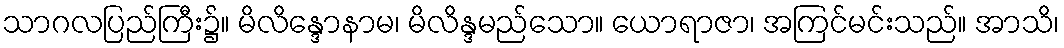
သာဂလပြည်ကြီး၌။ မိလိန္ဒောနာမ၊ မိလိန္ဒမည်သော။ ယောရာဇာ၊ အကြင်မင်းသည်။ အာသိ၊